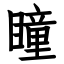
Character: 瞳